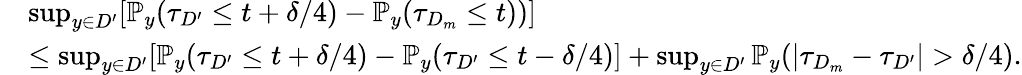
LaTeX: \begin{array}{rl}&{\operatorname*{sup}_{y\in D^{\prime}}[\mathbb{P}_{y}(\tau_{D^{\prime}}\le t+\delta/4)-\mathbb{P}_{y}(\tau_{D_{m}}\le t))]}\\ &{\le\operatorname*{sup}_{y\in D^{\prime}}[\mathbb{P}_{y}(\tau_{D^{\prime}}\le t+\delta/4)-\mathbb{P}_{y}(\tau_{D^{\prime}}\le t-\delta/4)]+\operatorname*{sup}_{y\in D^{\prime}}\mathbb{P}_{y}(|\tau_{D_{m}}-\tau_{D^{\prime}}|>\delta/4).}\end{array}